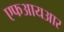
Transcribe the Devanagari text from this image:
एफआयआर